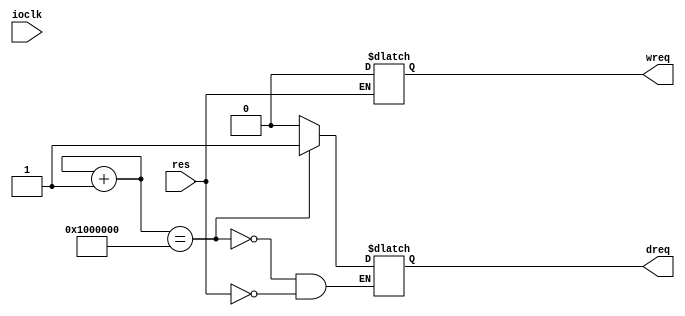
module i2c_test (
	input res,
	input ioclk,
	output reg wreq,
	output reg dreq);
reg [29:0] counter;
always @(ioclk) begin
	if (res) begin
		wreq <= 0;
		dreq <= 0;
		counter <= 0;
	end
	counter <= counter + 1'b1;
	if (counter == 30'h100_0000) begin
		dreq <= 1;
	end
end
endmodule